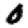
Digit: 0